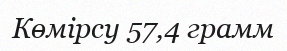
Көмірсу 57,4 грамм